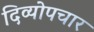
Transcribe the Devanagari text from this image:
दिव्योपचार